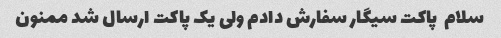
سلام  پاکت سیگار سفارش دادم ولی یک پاکت ارسال شد ممنون